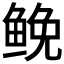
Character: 𩾃